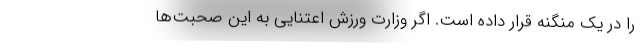
را در یک منگنه قرار داده است. اگر وزارت ورزش اعتنایی به این صحبت‌ها